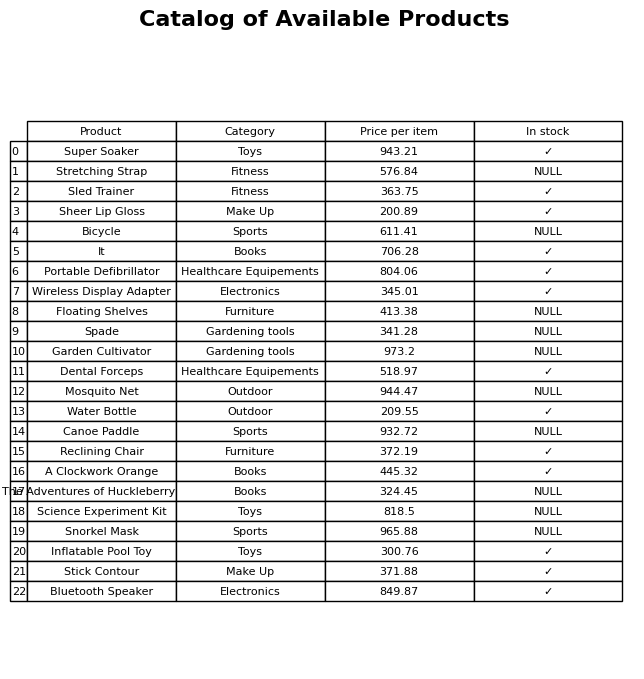
question: What is the price for A Clockwork Orange?
answer: The price of A Clockwork Orange is 445.32.